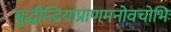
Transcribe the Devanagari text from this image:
बुद्धीन्द्रियाप्राणमनोवचोभिः